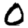
Digit: 0